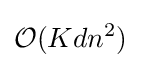
{\mathcal {O}}(Kdn^{2})